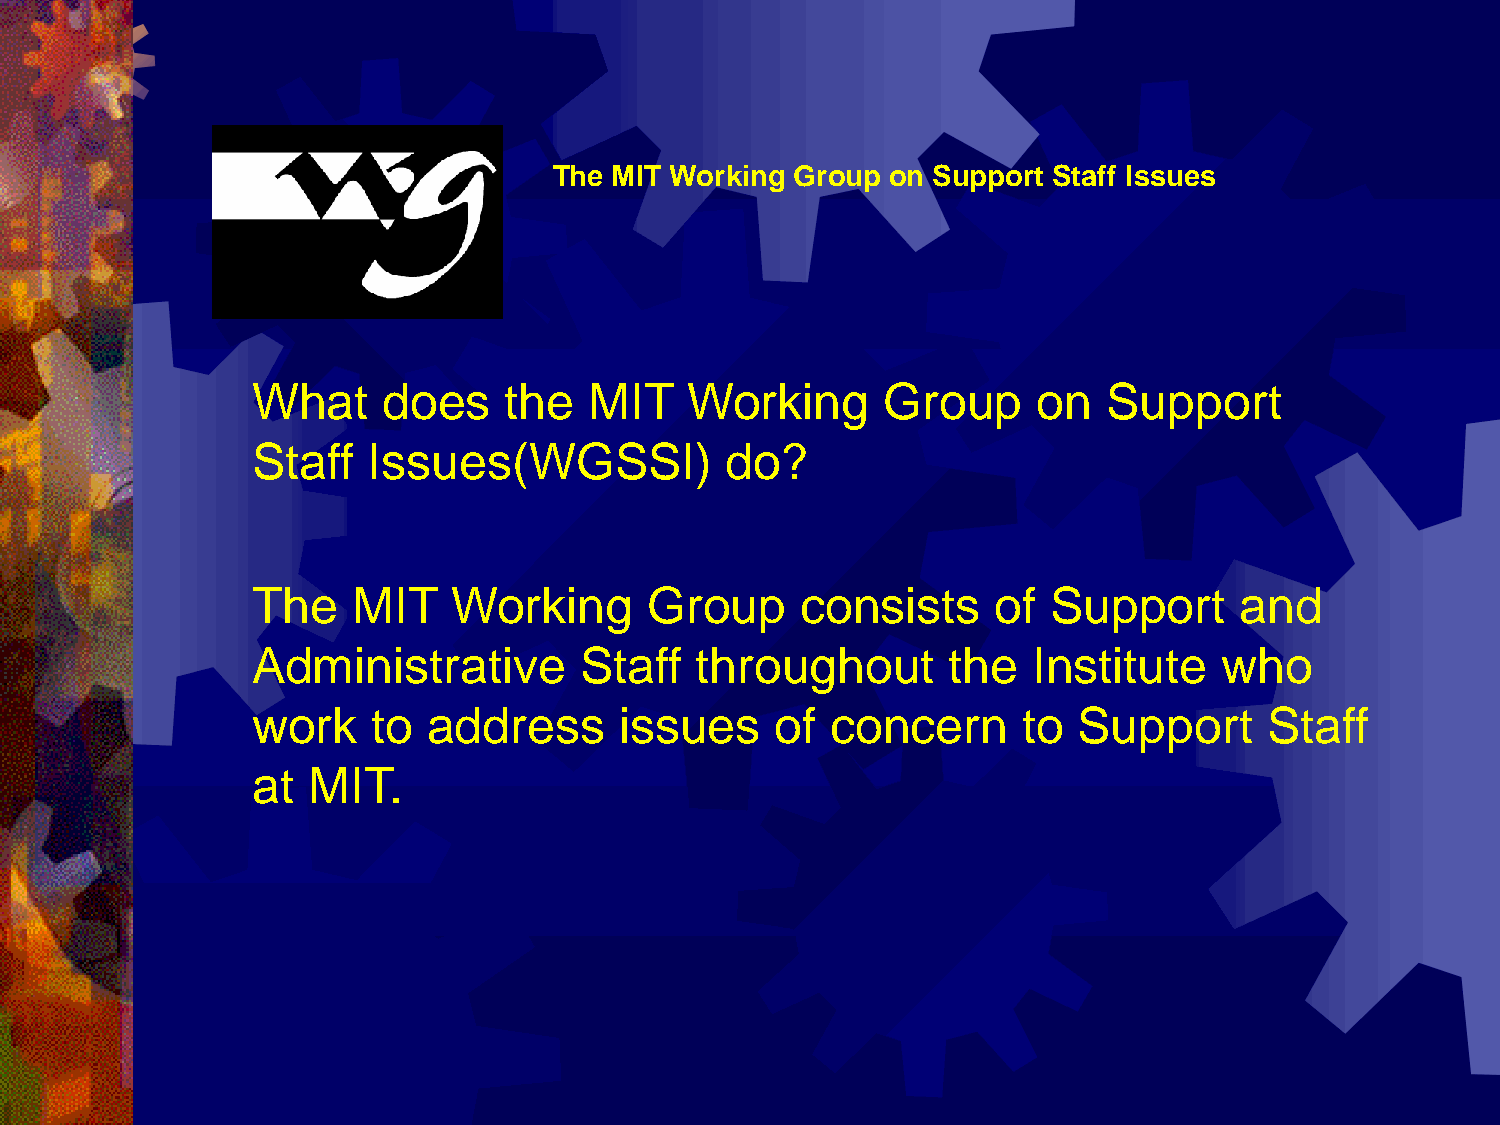
The MIT Working Group on Support Staff Issues
 What    does    the   MIT    Working      Group     on  Support
 Staff  Issues(WGSSI)           do?
 The   MIT    Working      Group     consists     of  Support     and
 Administrative       Staff   throughout       the  Institute    who
 work    to address      issues    of  concern      to Support      Staff
 at MIT.